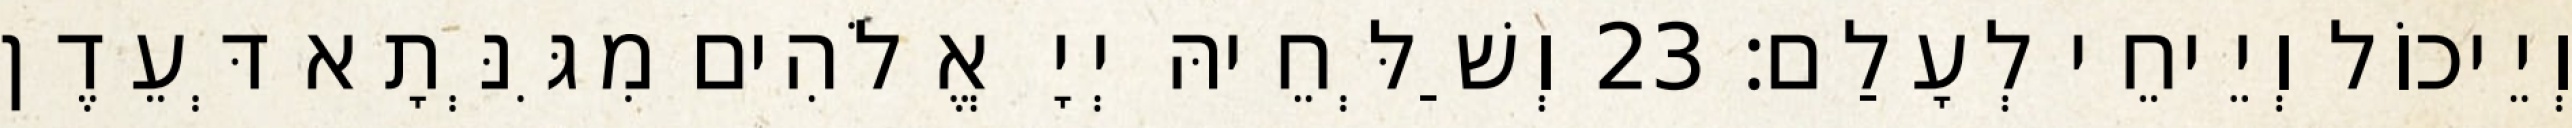
וְיֵיכוֹל וְיֵיחֵי לְעָלַם׃ 23 וְשַׁלְּחֵיהּ יְיָ אֱלֹהִים מִגִּנְּתָא דְּעֵדֶן